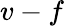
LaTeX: v-f